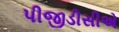
પીજીડીસીએ